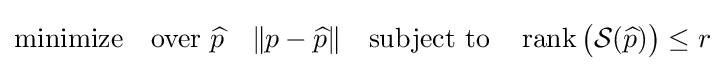
{\text{minimize}}\quad {\text{over }}{\widehat {p}}\quad \|p-{\widehat {p}}\|\quad {\text{subject to}}\quad \operatorname {rank} {\big (}{\mathcal {S}}({\widehat {p}}){\big )}\leq r